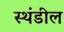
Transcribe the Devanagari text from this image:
स्थंडील